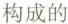
构成的